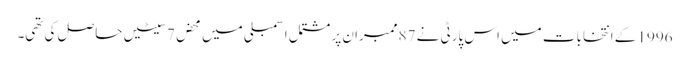
1996 کے انتخابات میں اس پارٹی نے 87ممبران پر مشتمل اسمبلی میں محض 7سیٹیں حاصل کی تھی۔